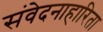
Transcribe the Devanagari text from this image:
संवेदनाहारिता